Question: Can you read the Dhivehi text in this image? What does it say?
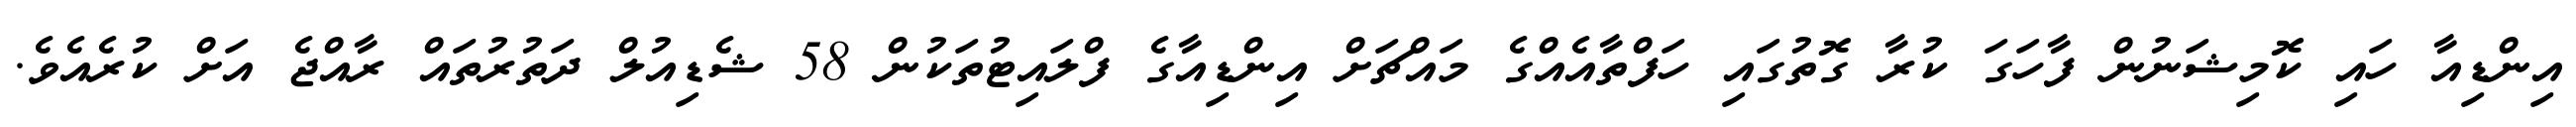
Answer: އިންޑިއާ ހައި ކޮމިޝަނުން ފާހަގަ ކުރާ ގޮތުގައި ހަފްތާއެއްގެ މައްޗަށް އިންޑިއާގެ ފްލައިޓުތަކުން 58 ޝެޑިއުލް ދަތުރުތައް ރާއްޖެ އަށް ކުރެއެވެ.